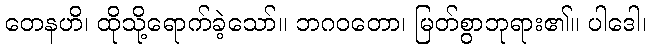
တေနဟိ၊ ထိုသို့ရောက်ခဲ့သော်။ ဘဂဝတော၊ မြတ်စွာဘုရား၏။ ပါဒေါ၊